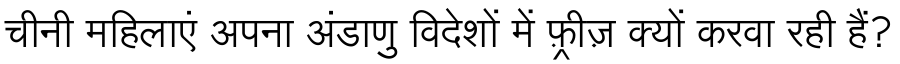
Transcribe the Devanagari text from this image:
चीनी महिलाएं अपना अंडाणु विदेशों में फ़्रीज़ क्यों करवा रही हैं?